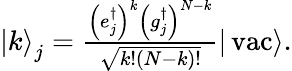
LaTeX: \begin{array}{r}{{|k\rangle}_{j}=\frac{\left(e_{j}^{\dagger}\right)^{k}\left(g_{j}^{\dagger}\right)^{N-k}}{\sqrt{k!(N-k)!}}|\operatorname{vac}\rangle.}\end{array}